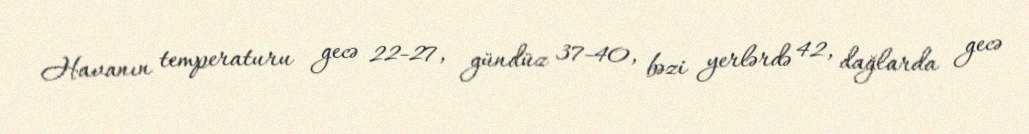
Havanın temperaturu gecə 22-27, gündüz 37-40, bəzi yerlərdə 42, dağlarda gecə